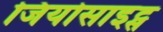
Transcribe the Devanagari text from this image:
जियोसाइट्स